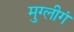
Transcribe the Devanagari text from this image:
मुग्लीगं